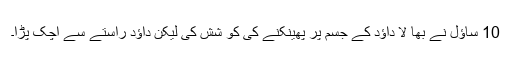
10 ساؤل نے بھا لا داؤد کے جسم پر پھینکنے کی کو شش کی لیکن داؤد راستے سے اچک پڑا۔